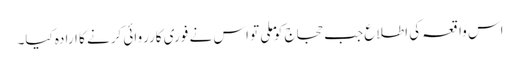
اس واقعہ کی اطلاع جب حجاج کو ملی تو اس نے فوری کارروائی کرنے کا ارادہ کیا۔